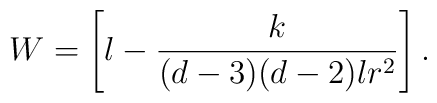
W=\left[ l-\frac{k}{(d-3)(d-2)lr^{2}}\right] .